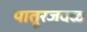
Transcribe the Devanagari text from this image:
पातूरजवळ